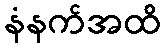
နံနက်အထိ